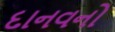
દાનવનો